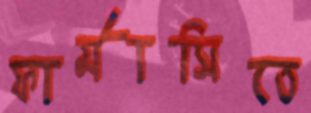
ফার্মাসিতে